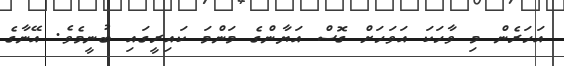
އަހަރެން މި ވާހަކަ އަވަހަށް ގޮސް އަޔާންގެ މަންމަ ކައިރީގައި ބުނީމެވެ. އޭނާގެ